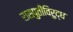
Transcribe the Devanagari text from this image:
रासपुतीविरुद्ध